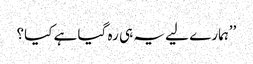
’’ہمارے لیے یہ ہی رہ گیا ہے کیا؟